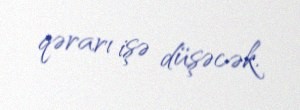
qərarı işə düşəcək.